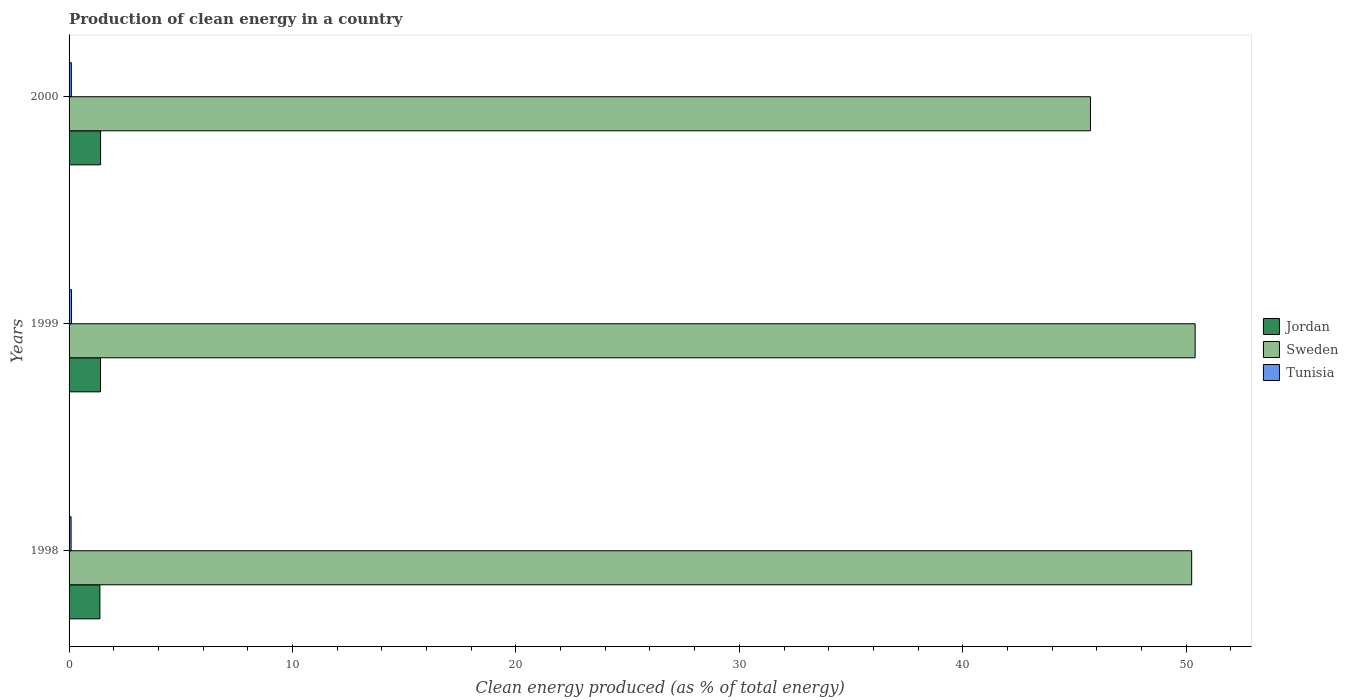
| Years | Jordan | Sweden | Tunisia |
 | --- | --- | --- | --- |
 | 1998 | 1.38 | 50.2 | 0.0908 |
 | 1999 | 1.41 | 50.4 | 0.11 |
 | 2000 | 1.41 | 45.7 | 0.102 |